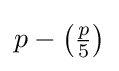
p-\left({\tfrac {p}{5}}\right)